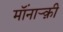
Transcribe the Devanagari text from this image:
मॉंनाऱ्क़़ी